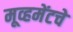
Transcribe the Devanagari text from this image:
मूव्हमेंटचे